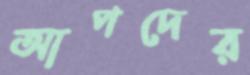
আপদের